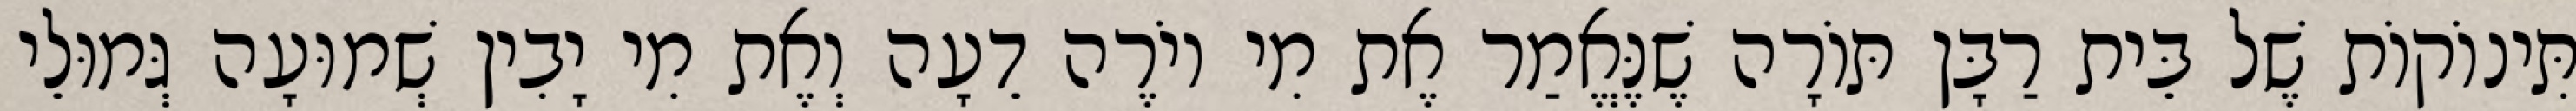
תִּינוֹקוֹת שֶׁל בֵּית רַבָּן תּוֹרָה שֶׁנֶּאֱמַר אֶת מִי יוֹרֶה דֵעָה וְאֶת מִי יָבִין שְׁמוּעָה גְּמוּלֵי